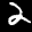
Label: 2